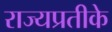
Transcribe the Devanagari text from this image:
राज्यप्रतीके